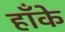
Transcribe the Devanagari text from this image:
हाँके